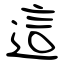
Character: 這